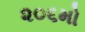
૨૦૬મો